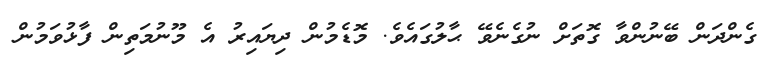
ގެންދަން ބޭނުންވާ ގޮތަށް ނުގެނެވޭ ޙާލުގައެވެ. މޮޑެމުން ދިޔައިރު އެ މޫނުމަތިން ފާޅުވަމުން